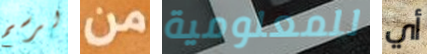
لرسم من للمعلومية أي